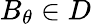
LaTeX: B_{\theta}\in D